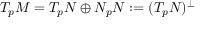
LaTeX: T _ { p } M = T _ { p } N \oplus N _ { p } N : = ( T _ { p } N ) ^ { \perp }